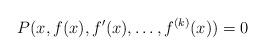
LaTeX: \begin{align*}P(x, f(x), f'(x), \ldots, f^{(k)}(x)) = 0\end{align*}